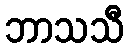
ဘာသသီ